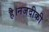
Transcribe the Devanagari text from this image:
है।नजदीकी